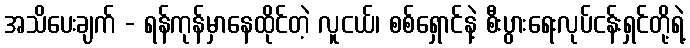
အသိပေးချက် - ရန်ကုန်မှာနေထိုင်တဲ့ လူငယ်၊ စစ်ရှောင်နဲ့ စီးပွားရေးလုပ်ငန်းရှင်တို့ရဲ့